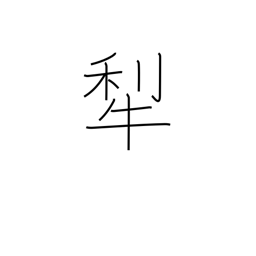
Meaning: plow